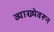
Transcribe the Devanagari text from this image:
व्याख्येवरून